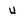
Character: 4